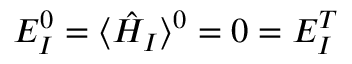
E _ { I } ^ { 0 } = \langle \hat { H } _ { I } \rangle ^ { 0 } = 0 = E _ { I } ^ { T }